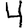
Digit: 4